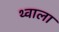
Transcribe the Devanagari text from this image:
थ्वाला